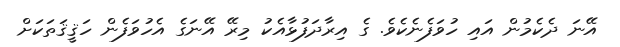
އޭނަ ދެކެމުން އައި ހުވަފެނެކެވެ. ގެ އިރާދަފުޅާއެކު މިރޭ އޭނަގެ އެހުވަފެން ހަޤީޤަތަކަށް